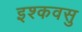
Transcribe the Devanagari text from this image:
इश्कवसु